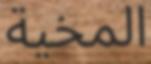
المخية